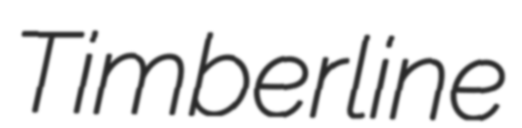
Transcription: Timberline